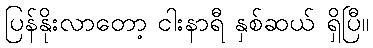
ပြန်နိုးလာတော့ ငါးနာရီ နှစ်ဆယ် ရှိပြီ။